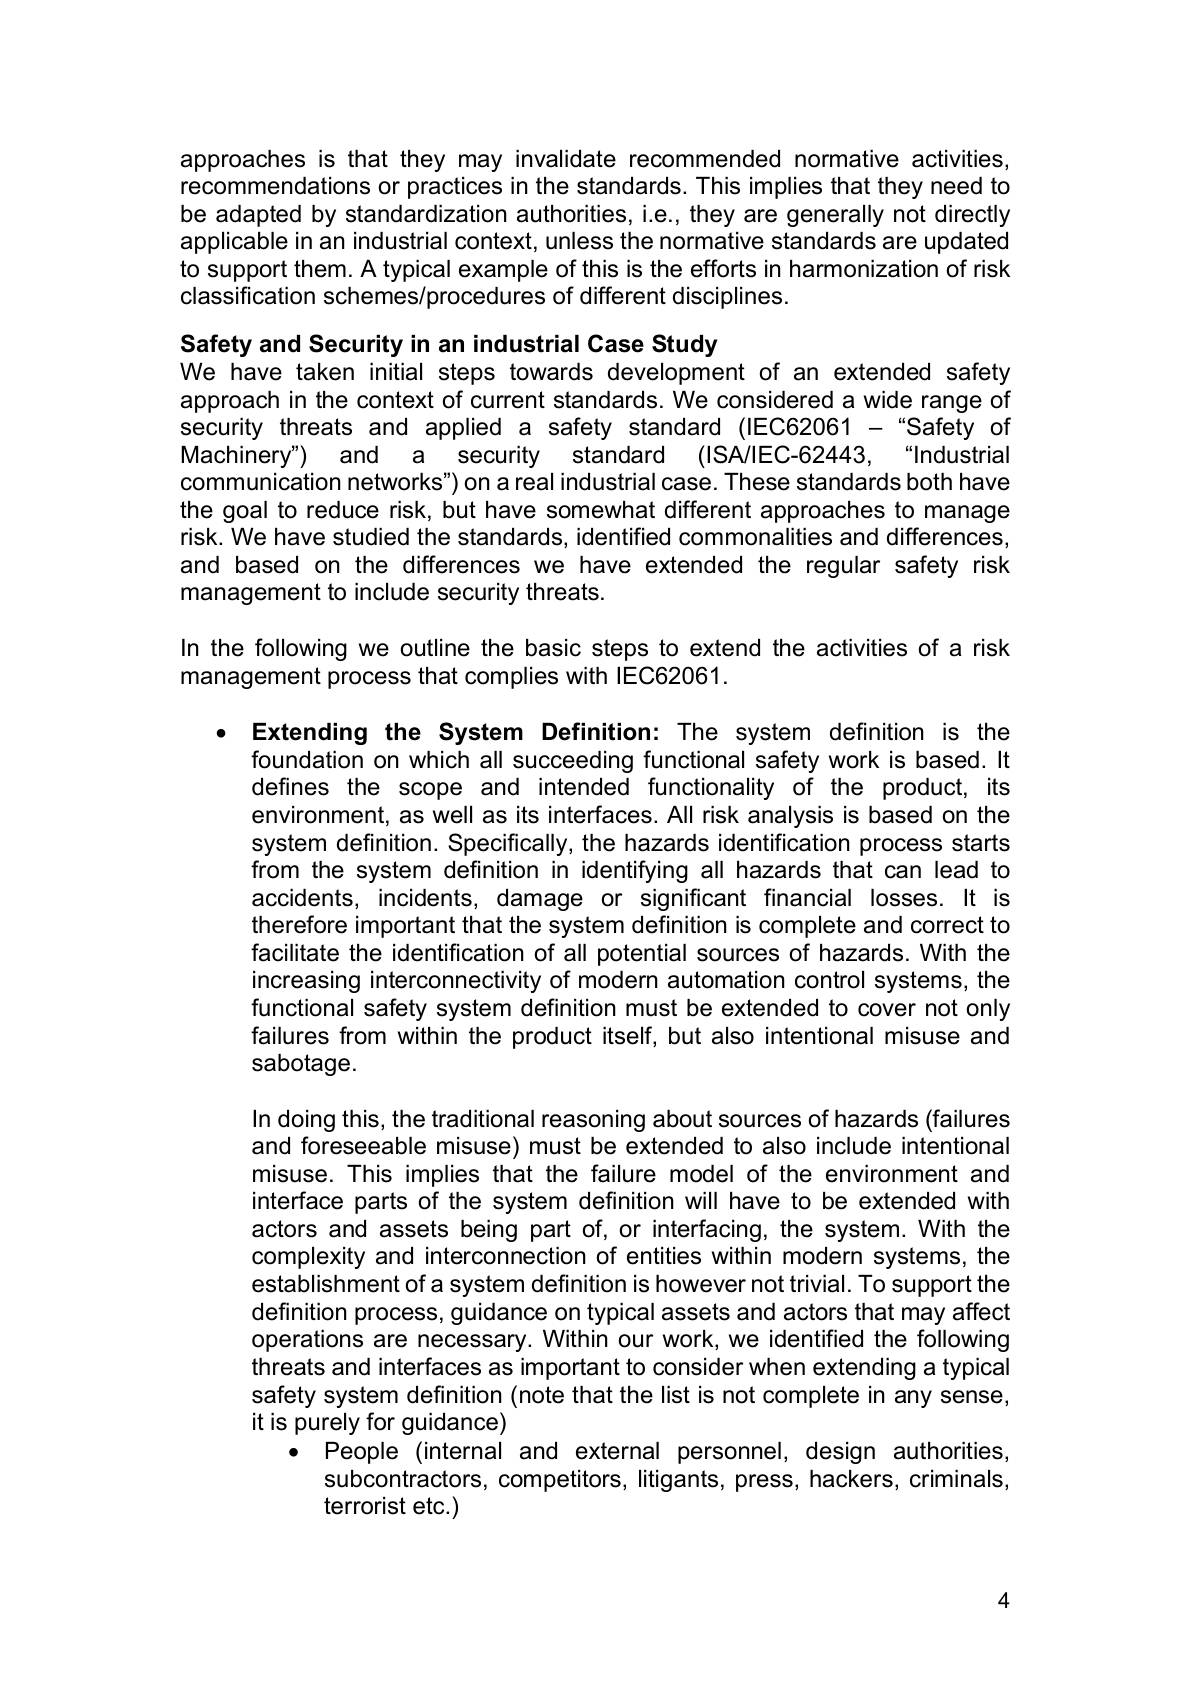
approaches is that they may invalidate recommended normative activities, recommendations or practices in the standards. This implies that they need to be adapted by standardization authorities, i.e., they are generally not directly applicable in an industrial context, unless the normative standards are updated to support them. A typical example of this is the efforts in harmonization of risk classification schemes/procedures of different disciplines.

Safety and Security in an industrial Case Study
We have taken initial steps towards development of an extended safety approach in the context of current standards. We considered a wide range of security threats and applied a safety standard (IEC62061 -“Safety of Machinery") and a security standard (ISA/IEC-62443, “Industrial communication networks")on a real industrial case. These standards both have the goal to reduce risk, but have somewhat different approaches to manage risk. We have studied the standards, identified commonalities and differences, and based on the differences we have extended the regular safety risk management to include security threats.

In the following we outline the basic steps to extend the activities of a risk
management process that complies with IEC62061.

· Extending the System Definition: The system definition is the
foundation on which all succeeding functional safety work is based. It defines the scope and intended functionality of the product, its environment, as well as its interfaces. All risk analysis is based on the system definition. Specifically, the hazards identification process starts from the system definition in identifying all hazards that can lead to accidents, incidents, damage or significant financial losses. It is therefore important that the system definition is complete and correct to facilitate the identification of all potential sources of hazards. With the increasing interconnectivity of modern automation control systems, the functional safety system definition must be extended to cover not only failures from within the product itself, but also intentional misuse and sabotage.

In doing this, the traditional reasoning about sources of hazards (failures and foreseeable misuse) must be extended to also include intentional misuse. This implies that the failure model of the environment and interface parts of the system definition will have to be extended with actors and assets being part of, or interfacing, the system. With the complexity and interconnection of entities within modern systems, the establishment of a system definition is however not trivial. To support the definition process, guidance on typical assets and actors that may affect operations are necessary. Within our work, we identified the following threats and interfaces as important to consider when extending a typical safety system definition (note that the list is not complete in any sense, it is purely for guidance)
$\bullet$ People (internal and external personnel, design authorities,
subcontractors, competitors, litigants, press, hackers, criminals,
terrorist etc.)

4